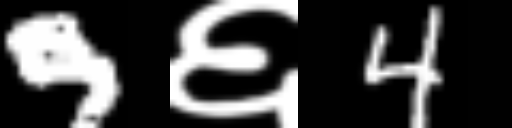
Text: 9६4